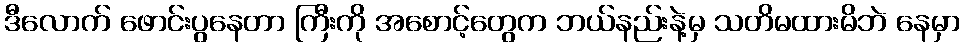
ဒီလောက် ဖောင်းပွနေတာ ကြီးကို အစောင့်တွေက ဘယ်နည်းနဲ့မှ သတိမထားမိဘဲ နေမှာ